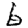
Digit: 6